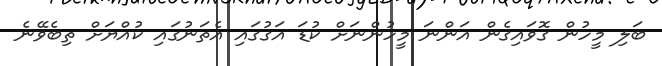
ބަލި މީހުން ގޮވައިގެން އަންނަ މީހުންނަށް ކުޑަ އަގުގައި އެތަނުގައި ކުއްޔަށް ތިބެވޭނެ